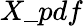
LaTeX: X\_ pdf